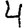
Digit: 4